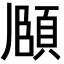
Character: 𮨈